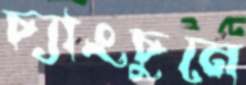
চ্যাংচুনে